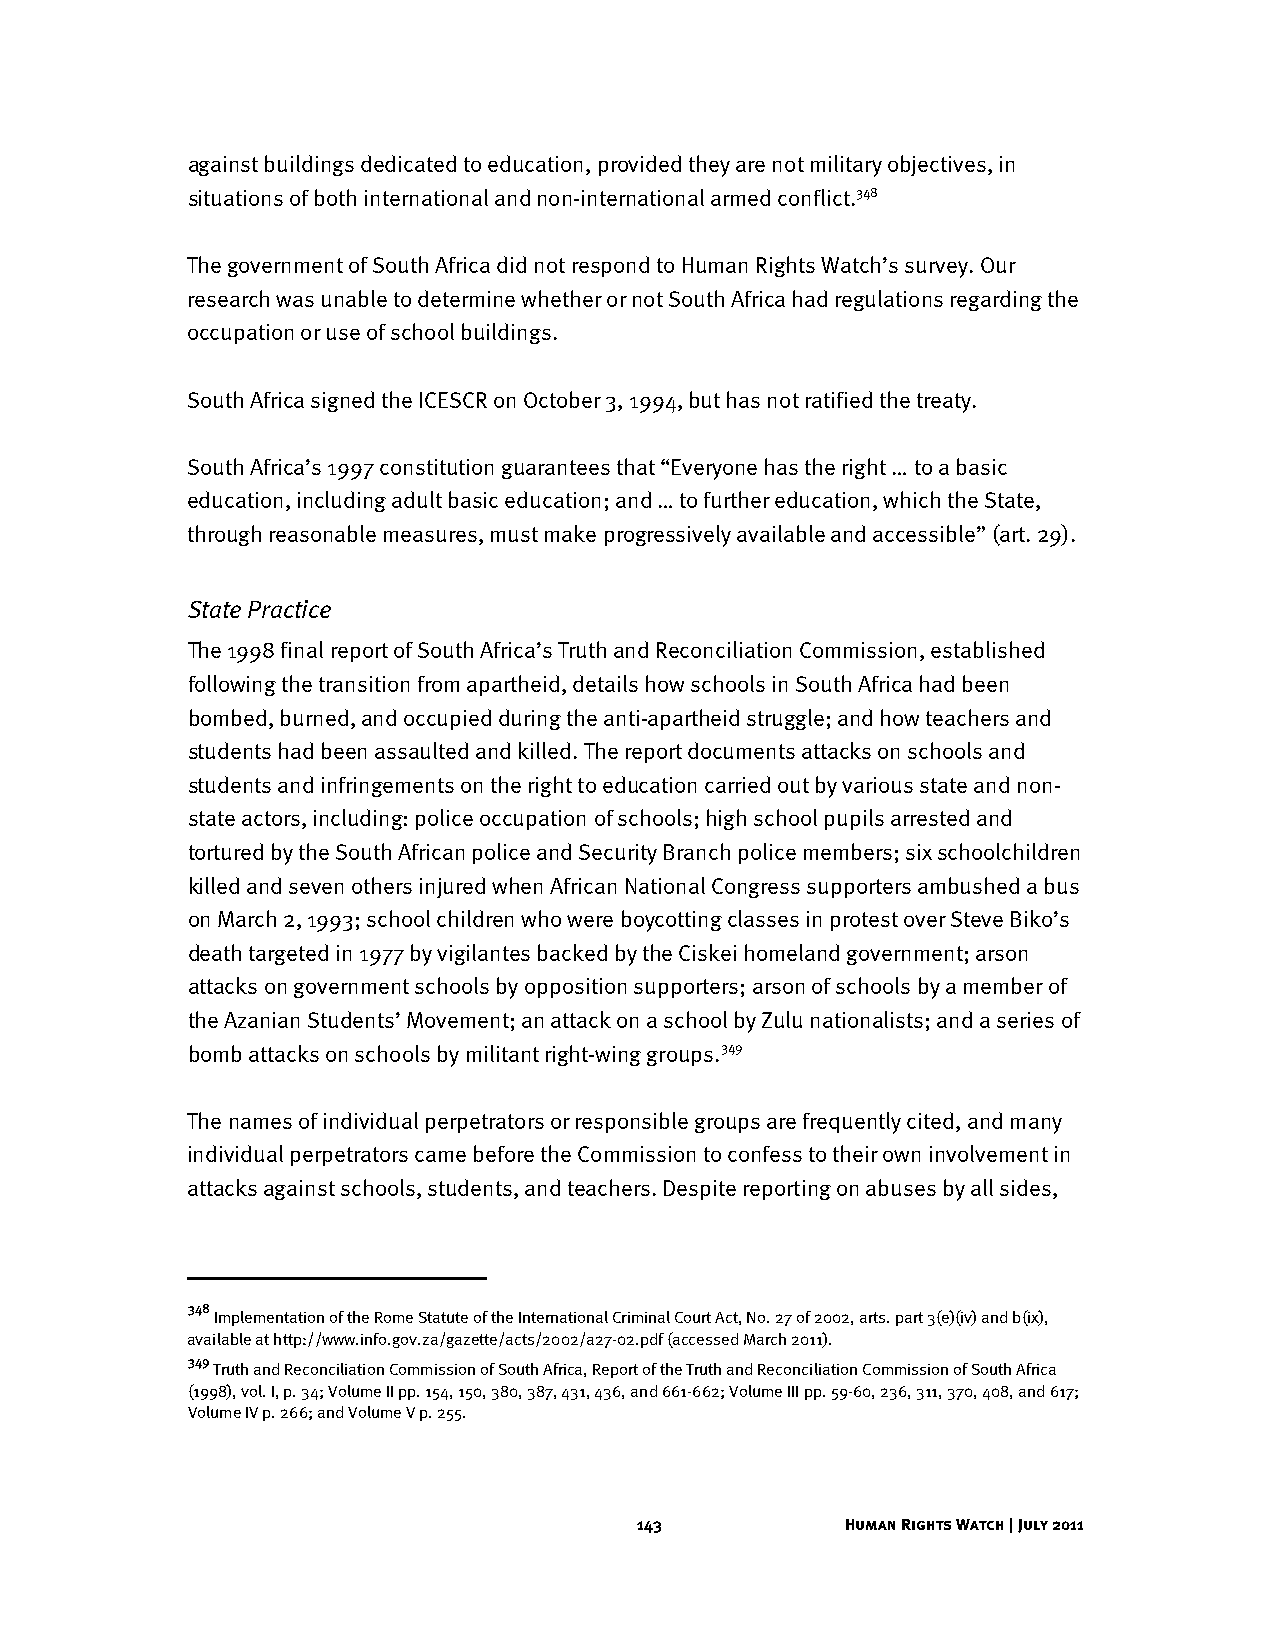
against buildings dedicated to education, provided they are not military objectives, in
 situations of both international and non-international armed conflict.348
 The government of South Africa did not respond to Human Rights Watch’s survey. Our
 research was unable to determine whether or not South Africa had regulations regarding the
 occupation or use of school buildings.
 South Africa signed the ICESCR on October 3, 1994, but has not ratified the treaty.
 South Africa’s 1997 constitution guarantees that “Everyone has the right … to a basic
 education, including adult basic education; and … to further education, which the State,
 through reasonable measures, must make progressively available and accessible” (art. 29).
 State Practice
 The 1998 final report of South Africa’s Truth and Reconciliation Commission, established
 following the transition from apartheid, details how schools in South Africa had been
 bombed, burned, and occupied during the anti-apartheid struggle; and how teachers and
 students had been assaulted and killed. The report documents attacks on schools and
 students and infringements on the right to education carried out by various state and non-
 state actors, including: police occupation of schools; high school pupils arrested and
 tortured by the South African police and Security Branch police members; six schoolchildren
 killed and seven others injured when African National Congress supporters ambushed a bus
 on March 2, 1993; school children who were boycotting classes in protest over Steve Biko’s
 death targeted in 1977 by vigilantes backed by the Ciskei homeland government; arson
 attacks on government schools by opposition supporters; arson of schools by a member of
 the Azanian Students’ Movement; an attack on a school by Zulu nationalists; and a series of
 bomb attacks on schools by militant right-wing groups.349
 The names of individual perpetrators or responsible groups are frequently cited, and many
 individual perpetrators came before the Commission to confess to their own involvement in
 attacks against schools, students, and teachers. Despite reporting on abuses by all sides,
 348
 Implementation of the Rome Statute of the International Criminal Court Act, No. 27 of 2002, arts. part 3(e)(iv) and b(ix),
 available at http://www.info.gov.za/gazette/acts/2002/a27-02.pdf (accessed March 2011).
 349
 Truth and Reconciliation Commission of South Africa, Report of the Truth and Reconciliation Commission of South Africa
 (1998), vol. I, p. 34; Volume II pp. 154, 150, 380, 387, 431, 436, and 661-662; Volume III pp. 59-60, 236, 311, 370, 408, and 617;
 Volume IV p. 266; and Volume V p. 255.
 143           Human Rights Watch | July 2011